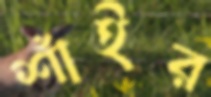
শাঁইর